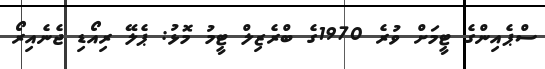
ސްޕެއިންގެ ޓީމަށް ވުރެ 1970ގެ ބްރެޒިލް ޓީމު މޮޅު: ޕެލޭ ރިއޯޑި ޖެނެއިރޯ